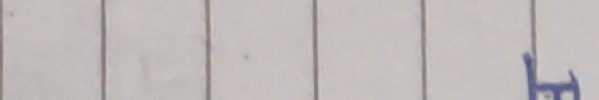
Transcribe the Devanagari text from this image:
ह